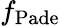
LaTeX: f_{\mathrm{Pade}}